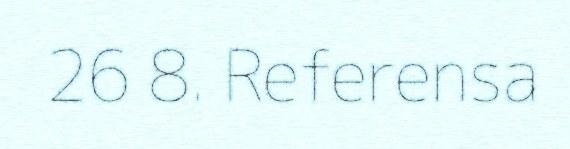
26 8. Referensa